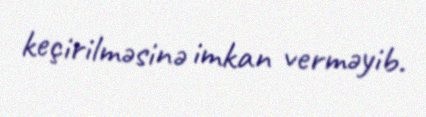
keçirilməsinə imkan verməyib.